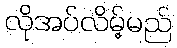
လိုအပ်လိမ့်မည်